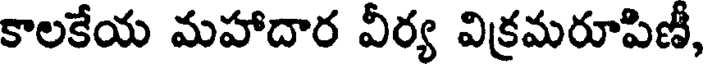
కాలకేయ మహాదార వీర్య విక్రమరూపిణీ,